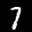
Label: 7